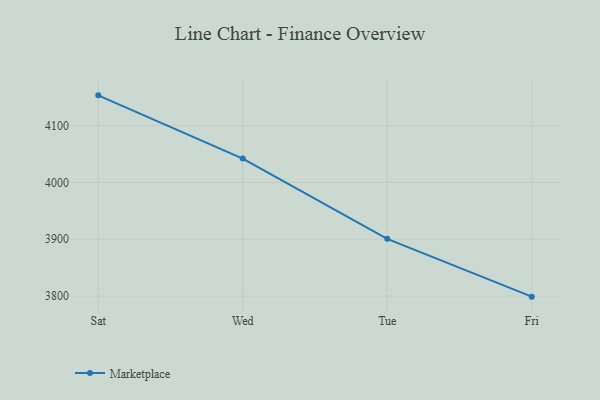
{"axis": {"x": "Day", "y": "Customer Acquisition Cost (USD)"}, "legend": ["Marketplace"], "data": [{"x": "Sat", "y": 4152.9, "type": "Marketplace"}, {"x": "Wed", "y": 4041.7, "type": "Marketplace"}, {"x": "Tue", "y": 3900.7, "type": "Marketplace"}, {"x": "Fri", "y": 3799.1, "type": "Marketplace"}]}